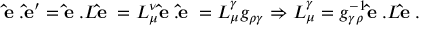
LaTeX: { \bf \hat { e } _ { \rho } . \hat { e } _ { \mu } ^ { \prime } } = { \bf \hat { e } _ { \rho } . } L { \bf \hat { e } _ { \mu } } = L _ { \mu } ^ { \nu } { \bf \hat { e } _ { \rho } . \hat { e } _ { \nu } } = L _ { \mu } ^ { \gamma } g _ { \rho \gamma } \Rightarrow { L } _ { \mu } ^ { \gamma } = g _ { \gamma \rho } ^ { - 1 } { \bf \hat { e } _ { \rho } . } L { \bf \hat { e } _ { \mu } } .